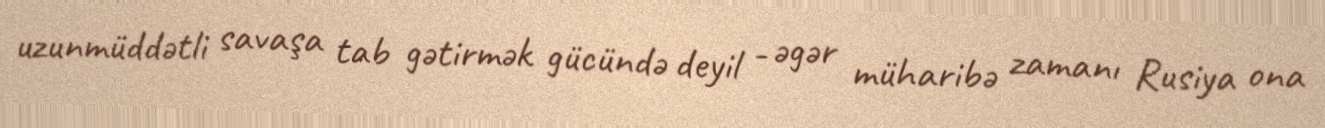
uzunmüddətli savaşa tab gətirmək gücündə deyil - əgər müharibə zamanı Rusiya ona